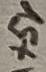
Text: +5V